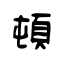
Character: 頓